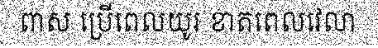
ពាស ប្រើពេលយូរ ខាតពេលវេលា